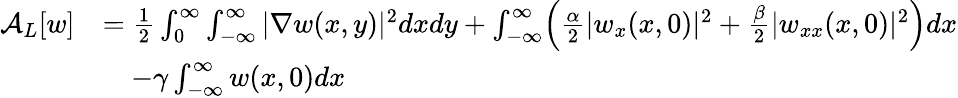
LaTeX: \begin{array}{rl}{\mathcal A_{L}[w]}&{=\frac{1}{2}\int_{0}^{\infty}\int_{-\infty}^{\infty}|\nabla w(x,y)|^{2}dxdy+\int_{-\infty}^{\infty}\Bigl(\frac{\alpha}{2}|w_{x}(x,0)|^{2}+\frac{\beta}{2}|w_{xx}(x,0)|^{2}\Bigr)dx}\\ &{\quad-\gamma\int_{-\infty}^{\infty}w(x,0)dx}\end{array}